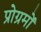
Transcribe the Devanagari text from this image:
प्रोग्रमों